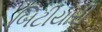
બિટીયારી